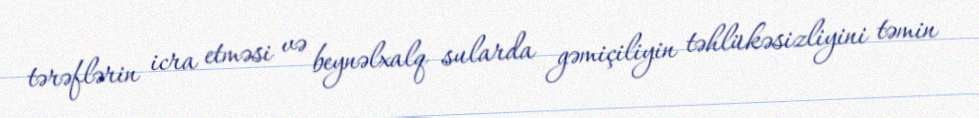
tərəflərin icra etməsi və beynəlxalq sularda gəmiçiliyin təhlükəsizliyini təmin